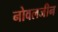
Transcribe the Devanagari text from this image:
नोवलजीन